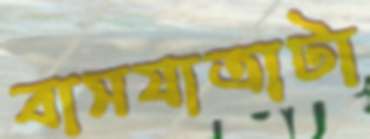
বাসযাত্রাটা